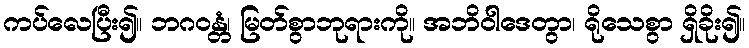
ကပ်လေပြီး၍။ ဘဂဝန္တံ၊ မြတ်စွာဘုရားကို။ အဘိဝါဒေတွာ၊ ရိုသေစွာ ရှိခိုး၍။